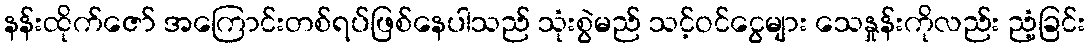
နန်းထိုက်ဇော် အကြောင်းတစ်ရပ်ဖြစ်နေပါသည် သုံးစွဲမည် သင့်ဝင်ငွေများ သေနှုန်းကိုလည်း ညံ့ခြင်း